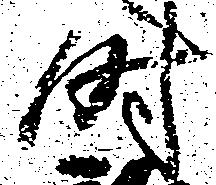
時